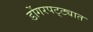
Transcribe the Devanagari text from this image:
डोंगरपट्ट्यात